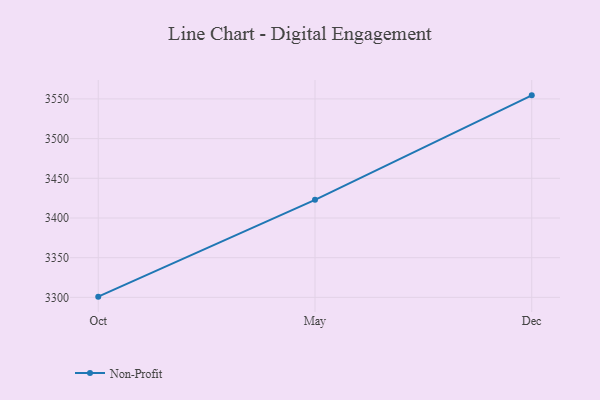
{"axis": {"x": "Month", "y": "Humidity (%)"}, "legend": ["Non-Profit"], "data": [{"x": "Oct", "y": 3300.9, "type": "Non-Profit"}, {"x": "May", "y": 3422.9, "type": "Non-Profit"}, {"x": "Dec", "y": 3554.5, "type": "Non-Profit"}]}